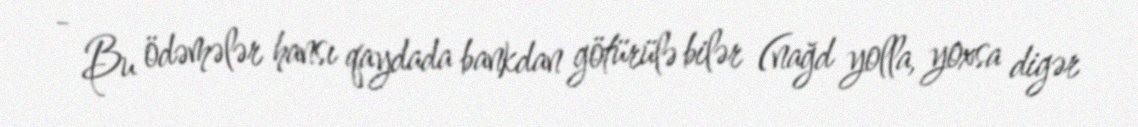
- Bu ödəmələr hansı qaydada bankdan götürülə bilər (nağd yolla, yoxsa digər